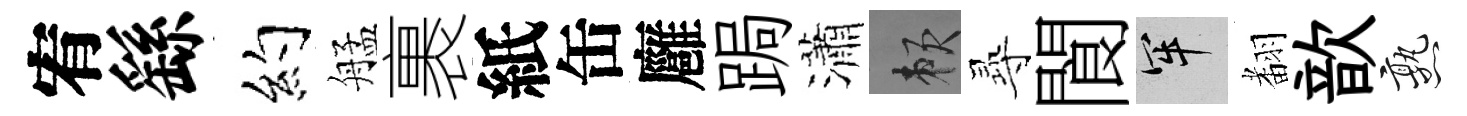
宥繇約艋裹紙缶廱跼瀟賴𡬶閬牢𮋒歆熟